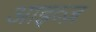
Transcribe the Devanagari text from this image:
आइव्ज़